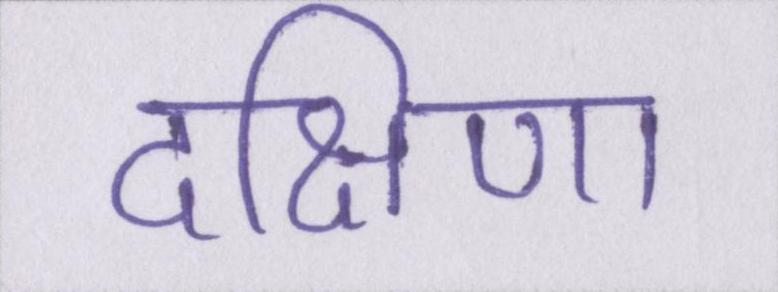
दक्षिणा